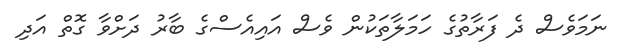
ނަމަވެސް ދެ ފަރާތުގެ ހަމަލާތަކުން ވެސް އައިއެސްގެ ބާރު ދަށްވާ ގޮތް އަދި